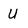
Character: u